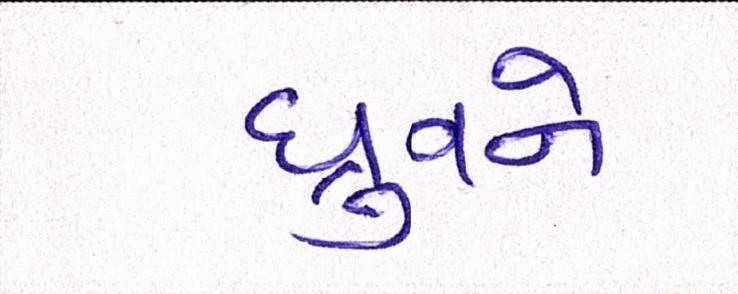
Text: ધ્રુવને